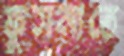
ফুসলাতে